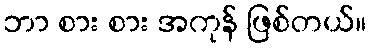
ဘာ စား စား အကုန် ဖြစ်တယ်။